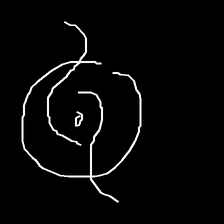
Glyph: repetition